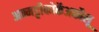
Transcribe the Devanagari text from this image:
अम्मट्टीकोर्केअकौलू